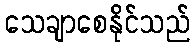
သေချာစေနိုင်သည်